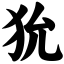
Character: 狁